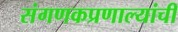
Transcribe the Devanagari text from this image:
संगणकप्रणाल्यांची